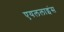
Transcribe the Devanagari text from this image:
एयललाइंस